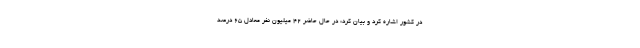
در کشور اشاره کرد و بیان کرد: در حال حاضر 42 میلیون نفر معادل 65 درصد